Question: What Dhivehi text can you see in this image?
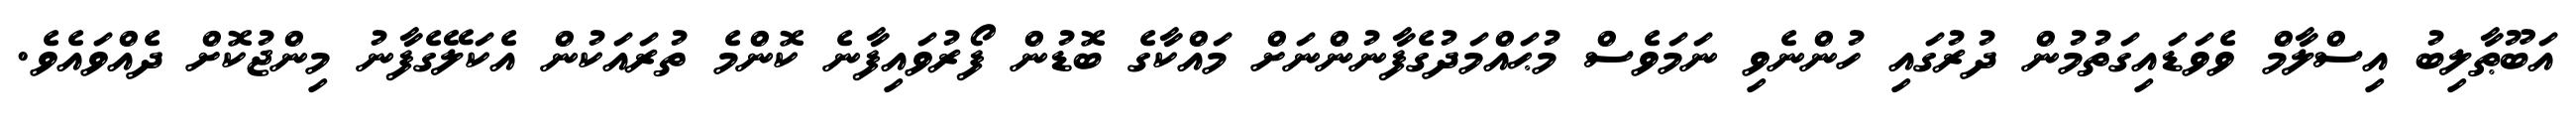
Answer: އަބޫޠާލިބު އިސްލާމް ވެވަޑައިގަތުމުން ދުރުގައި ހުންނެވި ނަމަވެސް މުޙައްމަދުގެފާނުންނަށް މައްކާގެ ބޮޑުން ފޯރުވައިފާނެ ކޮންމެ ތުރައަކުން އެކަލޭގެފާނު މިންޖުކޮށް ދެއްވައެވެ.